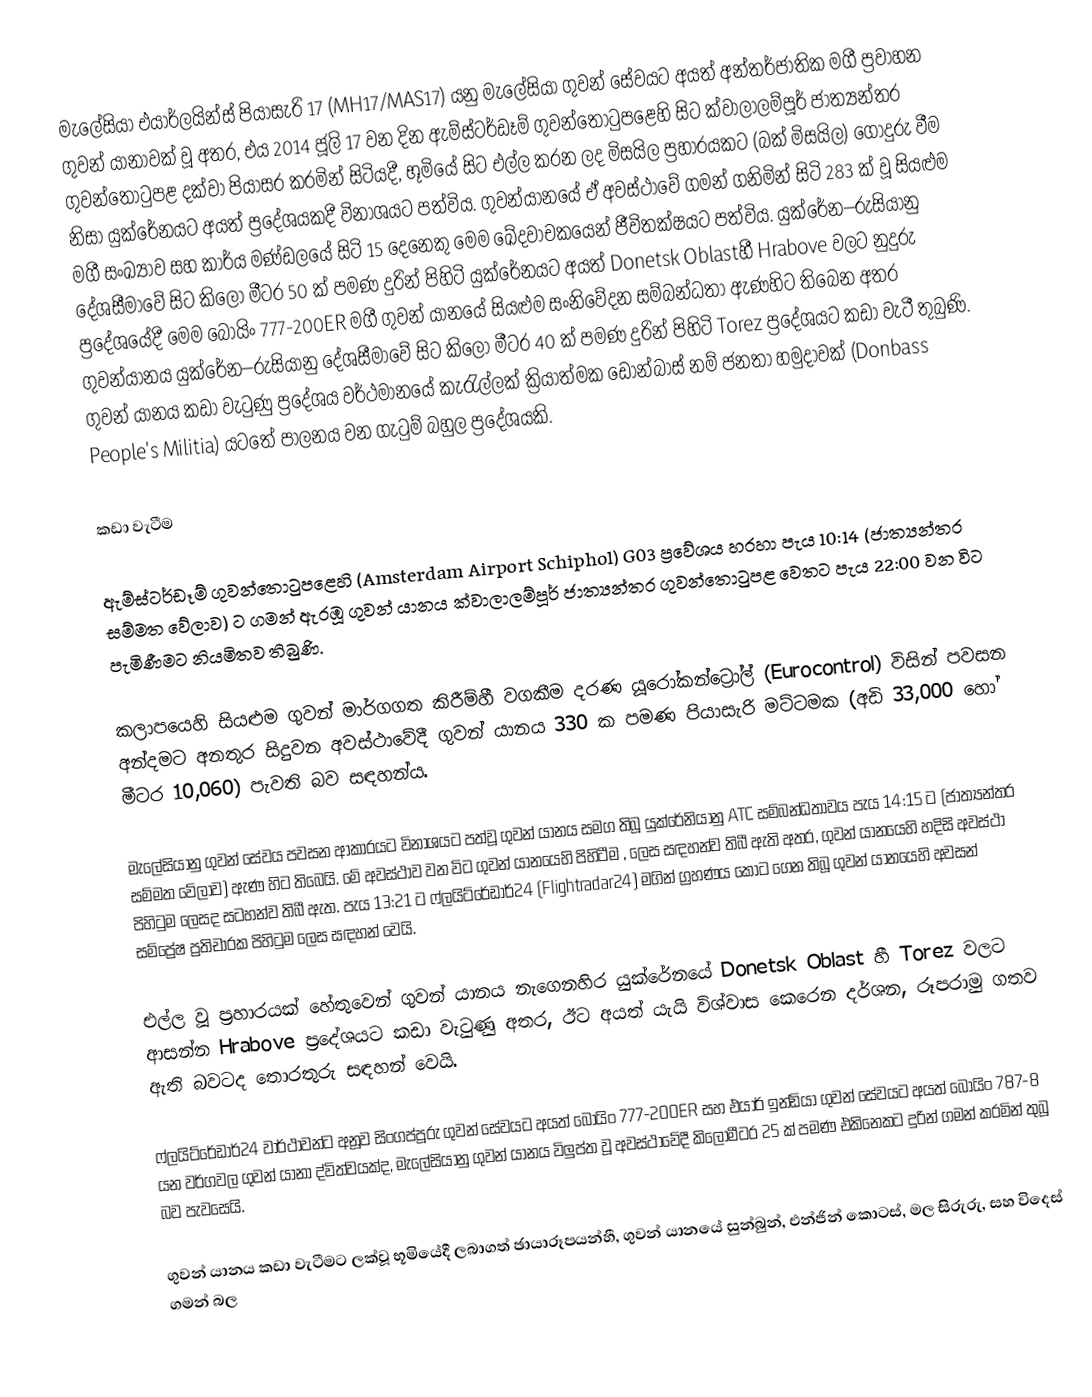
මැලේසියා එයාර්ලයින්ස් පියාසැරි 17 (MH17/MAS17) යනු මැලේසියා ගුවන් සේවයට අයත් අන්තර්ජාතික මගී ප්‍රවාහන ගුවන් යානාවක් වූ අතර, එය 2014 ජූලි 17 වන දින ඇම්ස්ටර්ඩෑම් ගුවන්තොටුපළෙහි සිට ක්වාලාලම්පූර් ජාත්‍යන්තර ගුවන්තොටුපළ දක්වා පියාසර කරමින් සිටියදී, භූමියේ සිට එල්ල කරන ලද මිසයිල ප්‍රහාරයකට (බක් මිසයිල) ගොදුරු වීම නිසා යුක්රේනයට අයත් ප්‍රදේශයකදී විනාශයට පත්විය. ගුවන්යානයේ ඒ අවස්ථාවේ ගමන් ගනිමින් සිටි 283 ක් වූ සියළුම මගී සංඛ්‍යාව සහ කාර්ය මණ්ඩලයේ සිටි 15 දෙනෙකු මෙම ඛේදවාචකයෙන් ජීවිතක්ෂයට පත්විය. යුක්රේන–රුසියානු දේශසීමාවේ සිට කිලෝ මීටර 50 ක් පමණ දුරින් පිහිටි යුක්රේනයට අයත් Donetsk Oblastහී Hrabove වලට නුදුරු ප්‍රදේශයේදී මෙම බෝයිං 777-200ER මගී ගුවන් යානයේ සියළුම සංනිවේදන සම්බන්ධතා ඇණහිට තිබෙන අතර ගුවන්යානය යුක්රේන–රුසියානු දේශසීමාවේ සිට කිලෝ මීටර 40 ක් පමණ දුරින් පිහිටි Torez ප්‍රදේශයට කඩා වැටී තුබුණි. ගුවන් යානය කඩා වැටුණු ප්‍රදේශය වර්ථමානයේ කැරැල්ලක් ක්‍රියාත්මක ඩොන්බාස් නම් ජනතා හමුදාවක් (Donbass People's Militia) යටතේ පාලනය වන ගැටුම් බහුල ප්‍රදේශයකි.

කඩා වැටීම

ඇම්ස්ටර්ඩෑම් ගුවන්තොටුපළෙහි (Amsterdam Airport Schiphol) G03 ප්‍රවේශය හරහා පැය 10:14 (ජාත්‍යන්තර සම්මත වේලාව) ට ගමන් ඇරඹූ ගුවන් යානය ක්වාලාලම්පූර් ජාත්‍යන්තර ගුවන්තොටුපළ වෙතට පැය 22:00 වන විට පැමිණීමට නියමිතව තිබුණි.

කලාපයෙහි සියළුම ගුවන් මාර්ගගත කිරීම්හී වගකීම දරණ යූරෝකන්ට්‍රෝල් (Eurocontrol) විසින් පවසන අන්දමට අනතුර සිදුවන අවස්ථාවේදී ගුවන් යානය 330 ක පමණ පියාසැරි මට්ටමක (අඩි 33,000 හෝ මීටර 10,060) පැවති බව සඳහන්ය.

මැලේසියානු ගුවන් සේවය පවසන ආකාරයට විනාශයට පත්වූ ගුවන් යානය සමග තිබූ යුක්රේනියානු ATC සම්බන්ධතාවය පැය  14:15 ට (ජාත්‍යන්තර සම්මත වේලාව) ඇණ හිට තිබෙයි. මේ අවස්ථාව වන විට ගුවන් යානයෙහි පිහිටීම , ලෙස සඳහන්ව තිබී ඇති අතර, ගුවන් යානයෙහි හදිසි අවස්ථා පිහිටුම  ලෙසද සටහන්ව තිබී ඇත. පැය 13:21 ට ෆ්ලයිට්රේඩාර්24 (Flightradar24) මගින් ග්‍රහණය කොට ගෙන තිබූ ගුවන් යානයෙහි අවසන් සම්ප්‍රේෂ ප්‍රතිචාරක පිහිටුම   ලෙස සඳහන් වෙයි.

එල්ල වූ ප්‍රහාරයක් හේතුවෙන් ගුවන් යානය නැගෙනහිර යුක්රේනයේ Donetsk Oblast හී Torez වලට ආසන්න Hrabove ප්‍රදේශයට කඩා වැටුණු අතර, ඊට අයත් යැයි විශ්වාස කෙරෙන දර්ශන, රූපරාමු ගතව ඇති බවටද තොරතුරු සඳහන් වෙයි.

ෆ්ලයිට්රේඩාර්24 වාර්ථාවන්ට අනූව සිංගප්පූරු ගුවන් සේවයට අයත් බෝයිං 777-200ER සහ එයාර් ඉන්ඩියා ගුවන් සේවයට අයත් බෝයිං 787-8 යන වර්ගවල ගුවන් යානා ද්විත්වයක්ද, මැලේසියානු ගුවන් යානය විලුප්ත වූ අවස්ථාවේදී කිලෝමීටර 25 ක් පමණ එකිනෙකට දුරින් ගමන් කරමින් තුබූ බව පැවසෙයි.

ගුවන් යානය කඩා වැටීමට ලක්වූ භූමියේදී ලබාගත් ඡායාරූපයන්හී, ගුවන් යානයේ සුන්බුන්, එන්ජින් කොටස්, මල සිරුරු, සහ විදෙස් ගමන් බල